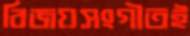
বিজয়সংগীতই